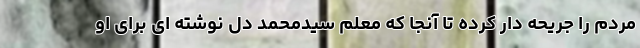
مردم را جریحه دار کرده تا آنجا که معلم سیدمحمد دل نوشته ای برای او